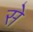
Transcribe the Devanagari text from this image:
से